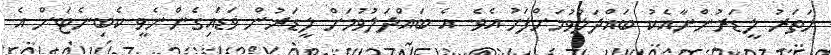
ހަތަރު ލީޑަރުންނާއެކު ބައްދަލުވުމަށްފަހު އެވެ. އެ ބައްދަލުވުމަށް ލީޑަރުން ވަޑައިގެންނެވީ ކެބިނެޓަށް އެ